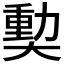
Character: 𪥝